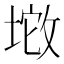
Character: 𱡚